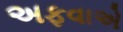
અફવાએ